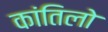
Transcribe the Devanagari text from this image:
कांतिलो